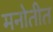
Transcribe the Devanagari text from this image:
मनोतीत